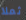
ثملا